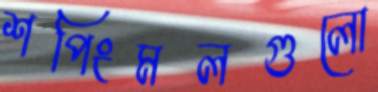
শপিংমলগুলো